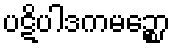
ပဋိပါဒကမဉ္စော